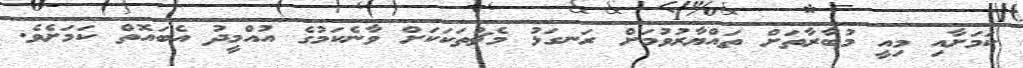
ކަމަށާއި މިއީ މުބާރާތަށް ތައްޔާރުވުމަށް ރަނގަޅު މެޗުތަކަކަށް ވާނެކަމުގެ އުއްމީދު އެބައޮތް ކަމަށެވެ.